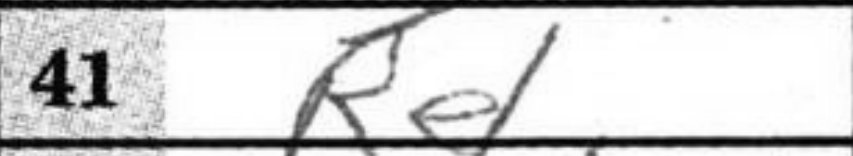
Transcription: Re1